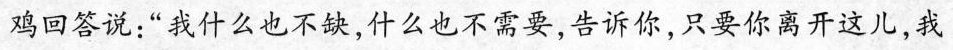
鸡回答说：”我什么也不缺，什么也不需要，告诉你，只要你离开这儿，我